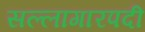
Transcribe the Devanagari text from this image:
सल्लागारपदी